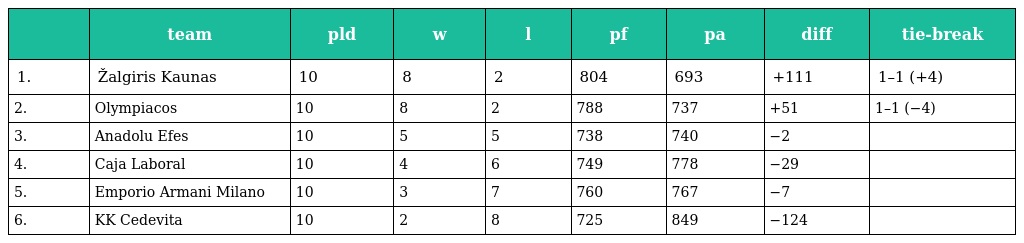
|  | team | pld | w | l | pf | pa | diff | tie-break |
 | --- | --- | --- | --- | --- | --- | --- | --- | --- |
 | 1. | Žalgiris Kaunas | 10 | 8 | 2 | 804 | 693 | +111 | 1–1 (+4) |
 | 2. | Olympiacos | 10 | 8 | 2 | 788 | 737 | +51 | 1–1 (−4) |
 | 3. | Anadolu Efes | 10 | 5 | 5 | 738 | 740 | −2 |  |
 | 4. | Caja Laboral | 10 | 4 | 6 | 749 | 778 | −29 |  |
 | 5. | Emporio Armani Milano | 10 | 3 | 7 | 760 | 767 | −7 |  |
 | 6. | KK Cedevita | 10 | 2 | 8 | 725 | 849 | −124 |  |